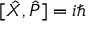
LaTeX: [ { \hat { X } } , { \hat { P } } ] = i \hbar